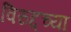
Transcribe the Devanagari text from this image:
विरुद्दच्या